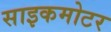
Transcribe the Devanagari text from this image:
साइकमोटर